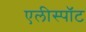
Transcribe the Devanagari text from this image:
एलीस्पॉट